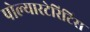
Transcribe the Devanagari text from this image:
पोल्यारटेरिटिस